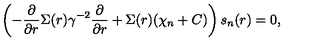
\left( - \frac { \partial } { \partial r } \Sigma ( r ) \gamma ^ { - 2 } \frac { \partial } { \partial r } + \Sigma ( r ) ( \chi _ { n } + C ) \right) s _ { n } ( r ) = 0 ,